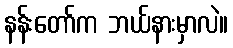
နန်းတော်က ဘယ်နားမှာလဲ။